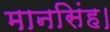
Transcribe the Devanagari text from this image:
मानसिंह।